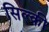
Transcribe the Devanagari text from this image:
सिल्की